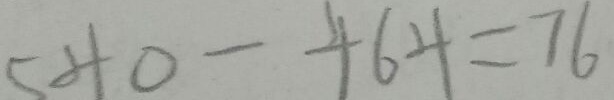
5 4 0 - 4 6 4 = 7 6